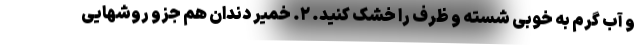
و آب گرم به خوبی شسته و ظرف را خشک کنید. ٢. خمیر دندان هم جزو روشهایی